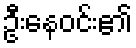
ဦးနေဝင်း၏